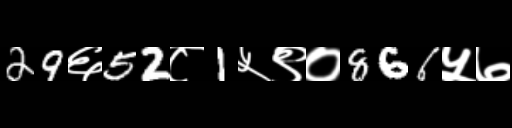
Text: 29६52८1५९०866५७